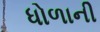
ધોળાની